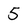
Character: 5